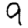
Digit: 9